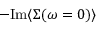
- \mathrm { I m } \langle \Sigma ( \omega = 0 ) \rangle \,